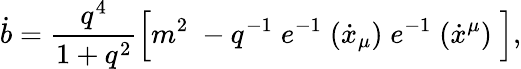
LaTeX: \dot{b}=\frac{q^{4}}{1+q^{2}}\Bigl[m^{2}\; -q^{-1}\; e^{-1}\; (\dot{x}_{\mu})\; e^{-1}\; (\dot{x}^{\mu})\; \Bigr],